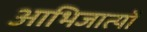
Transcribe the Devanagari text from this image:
आभिजात्यों